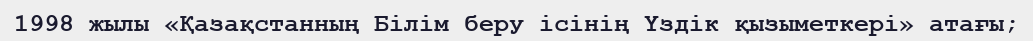
1998 жылы «Қазақстанның Білім беру ісінің Үздік қызыметкері» атағы;